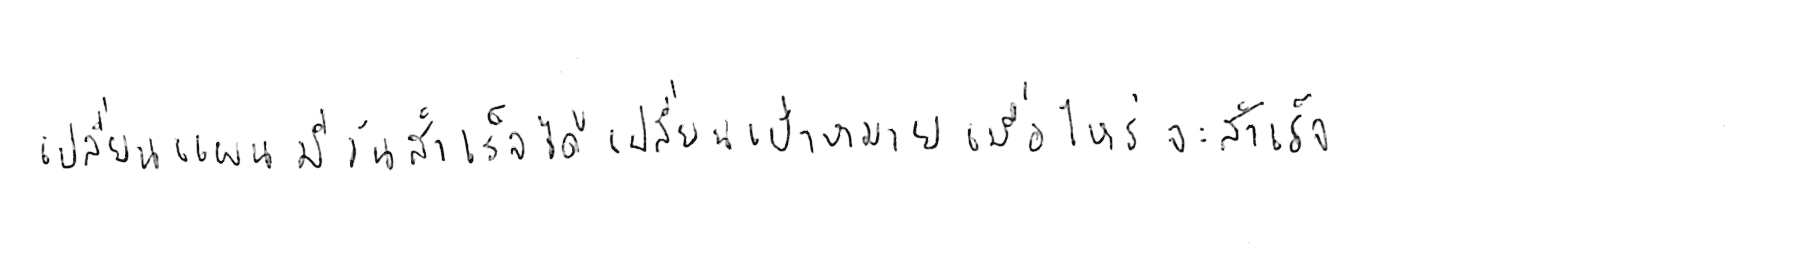
เปลี่ยนแผน มีวันสำเร็จได้ เปลี่ยนเป้าหมาย เมื่อไหร่จะสำเร็จ